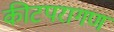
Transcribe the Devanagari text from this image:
कीटपरागण